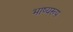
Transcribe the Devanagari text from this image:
भाष्यरूप